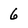
Character: 6